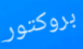
بروكتور